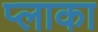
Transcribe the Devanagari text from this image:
प्लाका